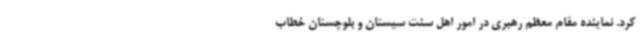
کرد. نماینده مقام معظم رهبری در امور اهل سنت سیستان ‌و بلوچستان خطاب